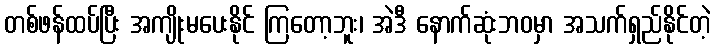
တစ်ဖန်ထပ်ပြီး အကျိုးမပေးနိုင် ကြတော့ဘူး၊ အဲဒီ နောက်ဆုံးဘဝမှာ အသက်ရှည်နိုင်တဲ့